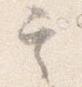
其